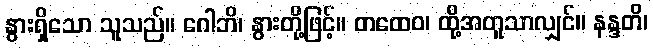
နွားရှိသော သူသည်။ ဂေါဘိ၊ နွားတို့ဖြင့်။ တထေဝ၊ ထို့အတူသာလျှင်။ နန္ဒတိ၊